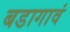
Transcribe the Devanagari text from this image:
बडागावं